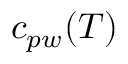
c _ { p w } ( T )